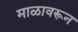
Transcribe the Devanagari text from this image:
माळावरून